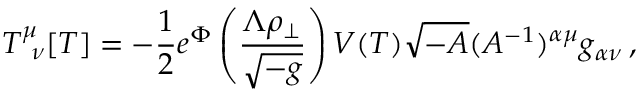
T _ { \ \nu } ^ { \mu } [ T ] = - { \frac { 1 } { 2 } } e ^ { \Phi } \left( { \frac { \Lambda \rho _ { \perp } } { \sqrt { - g } } } \right) V ( T ) \sqrt { - A } ( A ^ { - 1 } ) ^ { \alpha \mu } g _ { \alpha \nu } \, ,